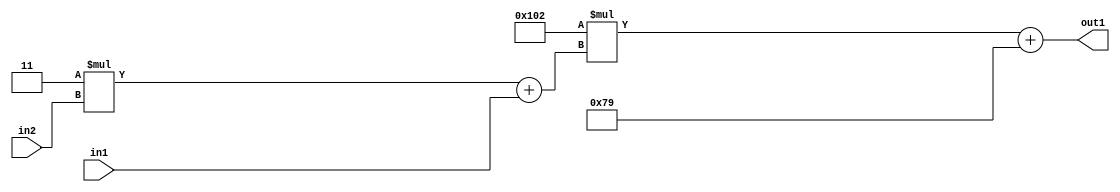
`timescale 1ps / 1ps
/*****************************************************************************
    Verilog RTL Description
    
    
    Created by: Stratus DpOpt 2019.1.01 
*******************************************************************************/

module DC_Filter_Add2i121Mul2i258Add2u1Mul2i3u2_4 (
	in2,
	in1,
	out1
	); /* architecture "behavioural" */ 
input [1:0] in2;
input  in1;
output [11:0] out1;
wire [11:0] asc001;
wire [3:0] asc002;

wire [3:0] asc002_tmp_0;
assign asc002_tmp_0 = 
	+(4'B0011 * in2);
assign asc002 = asc002_tmp_0
	+(in1);

wire [11:0] asc001_tmp_1;
assign asc001_tmp_1 = 
	+(12'B000100000010 * asc002);
assign asc001 = asc001_tmp_1
	+(12'B000001111001);

assign out1 = asc001;
endmodule

/* CADENCE  v7X2TQw= : u9/ySgnWtBlWxVPRXgAZ4Og= ** DO NOT EDIT THIS LINE ******/